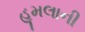
હૂમલાની